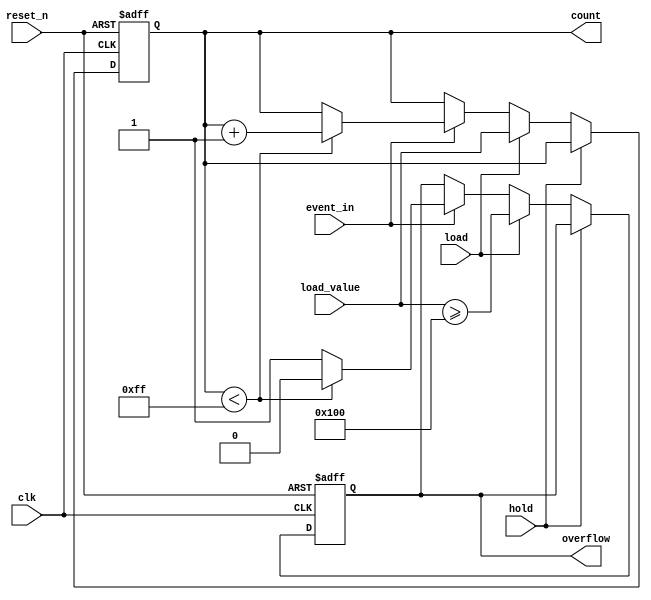
module event_counter #(
    parameter COUNTER_WIDTH = 8, // Define the width of the counter (number of bits)
    parameter MEMORY_SIZE = 1     // Size of memory block (1 for simplicity)
)(
    input wire clk,               // Clock signal
    input wire event_in,          // Event input signal (rising edge triggers count)
    input wire reset_n,           // Asynchronous active-low reset signal
    input wire hold,              // Hold signal to pause counting
    input wire load,              // Load signal to load a specific value into the counter
    input wire [COUNTER_WIDTH-1:0] load_value, // Value to load into the counter
    output reg [COUNTER_WIDTH-1:0] count, // Current count value
    output reg overflow           // Overflow flag (optional)
);

    // Always block for counter logic
    always @(posedge clk or negedge reset_n) begin
        if (!reset_n) begin
            // Reset the counter to zero
            count <= 0;
            overflow <= 0;
        end else if (hold) begin
            // Hold the current count
            // Do nothing
        end else if (load) begin
            // Load the specified value into the counter
            count <= load_value;
            // Check for overflow
            overflow <= (load_value >= (1 << COUNTER_WIDTH));
        end else if (event_in) begin
            // Increment the counter on event input
            if (count < (1 << COUNTER_WIDTH) - 1) begin
                count <= count + 1;
                overflow <= 0;
            end else begin
                // Set overflow flag if maximum count reached
                overflow <= 1;
            end
        end
    end

endmodule